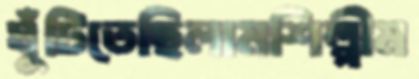
ঘুঁটিতেছিলামশিল্পীম